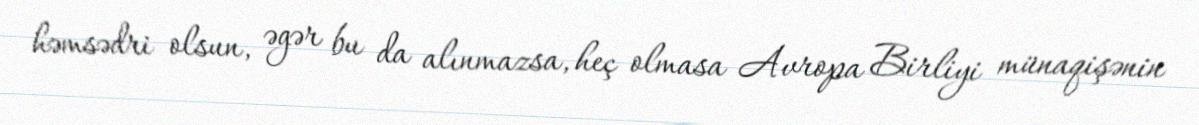
həmsədri olsun, əgər bu da alınmazsa, heç olmasa Avropa Birliyi münaqişənin